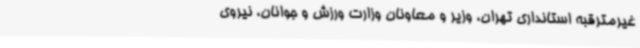
غیرمترقبه استانداری تهران، وزیر و معاونان وزارت ورزش و جوانان، نیروی